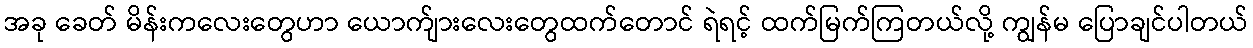
အခု ခေတ် မိန်းကလေးတွေဟာ ယောက်ျားလေးတွေထက်တောင် ရဲရင့် ထက်မြက်ကြတယ်လို့ ကျွန်မ ပြောချင်ပါတယ်